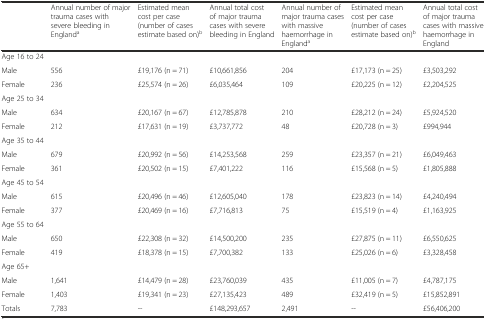
<table><thead><tr><td></td><td><b>Annual number of major trauma cases with severe bleeding in England<sup>a</sup></b></td><td><b>Estimated mean cost per case (number of cases estimate based on)<sup>b</sup></b></td><td><b>Annual total cost of major trauma cases with severe bleeding in England</b></td><td><b>Annual number of major trauma cases with massive haemorrhage in England<sup>a</sup></b></td><td><b>Estimated mean cost per case (number of cases estimate based on)<sup>b</sup></b></td><td><b>Annual total cost of major trauma cases with massive haemorrhage in England</b></td></tr></thead><tbody><tr><td>Age 16 to 24</td><td></td><td></td><td></td><td></td><td></td><td></td></tr><tr><td>Male</td><td>556</td><td>£19,176 (n = 71)</td><td>£10,661,856</td><td>204</td><td>£17,173 (n = 25)</td><td>£3,503,292</td></tr><tr><td>Female</td><td>236</td><td>£25,574 (n = 26)</td><td>£6,035,464</td><td>109</td><td>£20,225 (n = 12)</td><td>£2,204,525</td></tr><tr><td>Age 25 to 34</td><td></td><td></td><td></td><td></td><td></td><td></td></tr><tr><td>Male</td><td>634</td><td>£20,167 (n = 67)</td><td>£12,785,878</td><td>210</td><td>£28,212 (n = 24)</td><td>£5,924,520</td></tr><tr><td>Female</td><td>212</td><td>£17,631 (n = 19)</td><td>£3,737,772</td><td>48</td><td>£20,728 (n = 3)</td><td>£994,944</td></tr><tr><td>Age 35 to 44</td><td></td><td></td><td></td><td></td><td></td><td></td></tr><tr><td>Male</td><td>679</td><td>£20,992 (n = 56)</td><td>£14,253,568</td><td>259</td><td>£23,357 (n = 21)</td><td>£6,049,463</td></tr><tr><td>Female</td><td>361</td><td>£20,502 (n = 15)</td><td>£7,401,222</td><td>116</td><td>£15,568 (n = 5)</td><td>£1,805,888</td></tr><tr><td>Age 45 to 54</td><td></td><td></td><td></td><td></td><td></td><td></td></tr><tr><td>Male</td><td>615</td><td>£20,496 (n = 46)</td><td>£12,605,040</td><td>178</td><td>£23,823 (n = 14)</td><td>£4,240,494</td></tr><tr><td>Female</td><td>377</td><td>£20,469 (n = 16)</td><td>£7,716,813</td><td>75</td><td>£15,519 (n = 4)</td><td>£1,163,925</td></tr><tr><td>Age 55 to 64</td><td></td><td></td><td></td><td></td><td></td><td></td></tr><tr><td>Male</td><td>650</td><td>£22,308 (n = 32)</td><td>£14,500,200</td><td>235</td><td>£27,875 (n = 11)</td><td>£6,550,625</td></tr><tr><td>Female</td><td>419</td><td>£18,378 (n = 15)</td><td>£7,700,382</td><td>133</td><td>£25,026 (n = 6)</td><td>£3,328,458</td></tr><tr><td>Age 65+</td><td></td><td></td><td></td><td></td><td></td><td></td></tr><tr><td>Male</td><td>1,641</td><td>£14,479 (n = 28)</td><td>£23,760,039</td><td>435</td><td>£11,005 (n = 7)</td><td>£4,787,175</td></tr><tr><td>Female</td><td>1,403</td><td>£19,341 (n = 23)</td><td>£27,135,423</td><td>489</td><td>£32,419 (n = 5)</td><td>£15,852,891</td></tr><tr><td>Totals</td><td>7,783</td><td>--</td><td>£148,293,657</td><td>2,491</td><td>--</td><td>£56,406,200</td></tr></tbody></table>